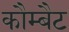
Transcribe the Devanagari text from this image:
कौम्बैट